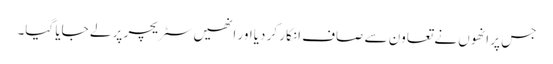
جس پر انھوں نے تعاون سے صاف انکار کر دیااور انھیں سٹریچر پر لے جایا گیا۔